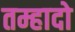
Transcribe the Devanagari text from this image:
तम्हादो